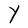
Character: Y